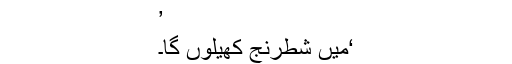
’
‘میں شطرنج کھیلوں گا۔